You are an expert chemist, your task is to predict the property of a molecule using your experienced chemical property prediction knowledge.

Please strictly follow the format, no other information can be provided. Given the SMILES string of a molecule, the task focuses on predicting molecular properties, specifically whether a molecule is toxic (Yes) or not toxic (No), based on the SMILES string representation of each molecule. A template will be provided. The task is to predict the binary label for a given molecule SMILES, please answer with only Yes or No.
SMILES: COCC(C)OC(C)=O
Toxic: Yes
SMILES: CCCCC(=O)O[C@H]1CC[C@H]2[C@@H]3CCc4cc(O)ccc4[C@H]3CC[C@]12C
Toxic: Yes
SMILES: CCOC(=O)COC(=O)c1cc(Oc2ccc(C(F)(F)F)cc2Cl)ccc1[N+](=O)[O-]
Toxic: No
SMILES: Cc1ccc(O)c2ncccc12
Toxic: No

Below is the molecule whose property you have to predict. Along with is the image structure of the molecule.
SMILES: CCCCCCCCCCCCCCCCCCOC[C@H](COP(=O)([O-])OCC[N+](C)(C)C)OC
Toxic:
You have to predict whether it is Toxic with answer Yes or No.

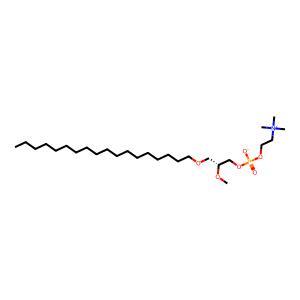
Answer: No